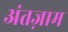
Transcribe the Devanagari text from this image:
अंतज़ाम